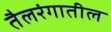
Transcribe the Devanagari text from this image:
तैलरंगातील